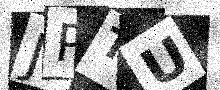
Text: JPTU